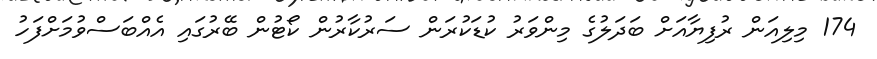
174 މިލިއަން ރުފިޔާއަށް ބަދަލުގެ މިންވަރު ކުޑަކުރަން ސަރުކާރުން ކޯޓުން ބޭރުގައި އެއްބަސްވުމަށްފަހު